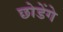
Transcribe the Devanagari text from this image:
छोडेंगे